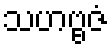
သဟဗ္ဗဇံ